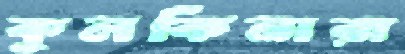
কুলকিনারা